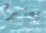
يعتبره